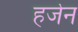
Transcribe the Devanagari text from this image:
हर्जेन